Lunatic asylums Punjab 1881-1894 - 1881-1894
Year: 1881
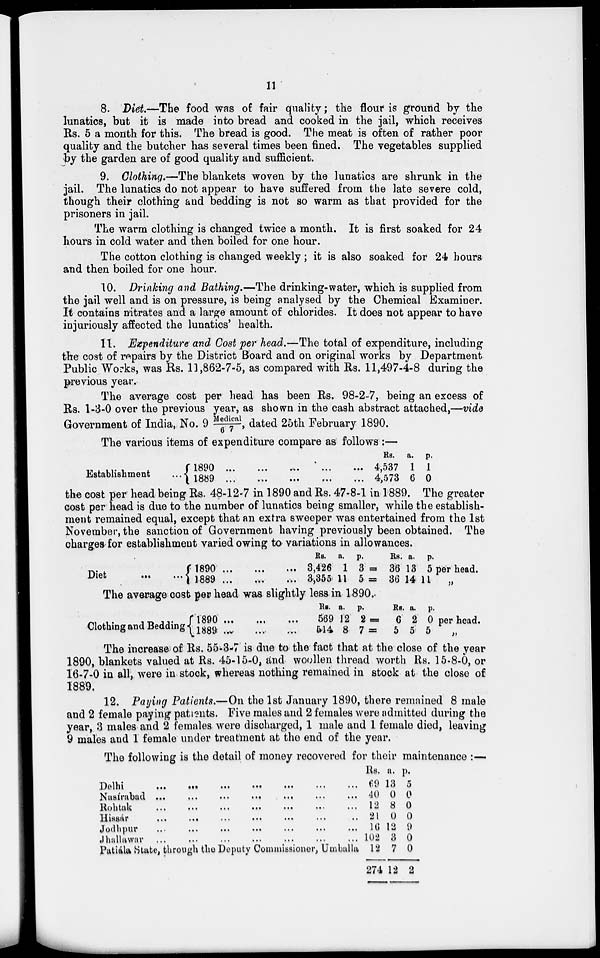
11
8. Diet.—The food was of fair quality; the flour is ground by the
lunatics, but it is made into bread and cooked in the jail, which receives
Rs. 5 a month for this. The bread is good. The meat is often of rather poor
quality and the butcher has several times been fined. The vegetables supplied
by the garden are of good quality and sufficient.
9. Clothing.—The blankets woven by the lunatics are shrunk in the
jail. The lunatics do not appear to have suffered from the late severe cold,
though their clothing and bedding is not so warm as that provided for the
prisoners in jail.
The warm clothing is changed twice a month. It is first soaked for 24
hours in cold water and then boiled for one hour.
The cotton clothing is changed weekly; it is also soaked for 24 hours
and then boiled for one hour.
10. Drinking and Bathing.—The drinking-water, which is supplied from
the jail well and is on pressure, is being analysed by the Chemical Examiner.
It contains nitrates and a large amount of chlorides. It does not appear to have
injuriously affected the lunatics' health.
11. Expenditure and Cost per head.—The total of expenditure, including
the cost of repairs by the District Board and on original works by Department
Public Works, was Rs. 11,862-7-5, as compared with Rs. 11,497-4-8 during the
previous year.
The average cost per head has been Rs. 98-2-7, being an excess of
Rs. 1-3-0 over the previous year, as shown in the cash abstract attached,—vide
Government of India, No. 9 Medical/67 , dated 25th February 1890.
The various items of expenditure compare as follows :—
Establishment
...
1890
...
...
... ... ...
1889
...
...
...
...
...
Rs.
4,537
4,573
a.
1
6
p.
1
0
the cost per head being Rs. 48-12-7 in 1890 and Rs. 47-8-1 in 1889. The greater
cost per head is due to the number of lunatics being smaller, while the establish-
ment remained equal, except that an extra sweeper was entertained from the 1st
November, the sanction of Government having previously been obtained. The
charges for establishment varied owing to variations in allowances.
Diet
...
1890 ... ... ...
1889
...
...
...
Rs.
3,426
3,355
a.
1
11
p.
3 =
5 =
Rs.
36
36
a.
13
14
p.
5 per head.
11
„
The average cost per head was slightly less in 1890.
Clothing and Bedding
1890
...
...
...
1889
...
...
...
Rs.
569
514
a.
12
8
p.
2 =
7 =
Rs.
6
5
a.
2
5
p.
0
5
per head.
„
The increase of Rs. 55-3-7 is due to the fact that at the close of the year
1890, blankets valued at Rs. 45-15-0, and woollen thread worth Rs. 15-8-0, or
16-7-0 in all, were in stock, whereas nothing remained in stock at the close of
1889.
12. Paying Patients.—On the 1st January 1890, there remained 8 male
and 2 female paying patients. Five males and 2 females were admitted during the
year, 3 males and 2 females were discharged, 1 male and 1 female died, leaving
9 males and 1 female under treatment at the end of the year.
The following is the detail of money recovered for their maintenance :-—
Delhi
...
...
...
...
...
...
...
Nasírabad ... ... ... ... ... ... ...
Rohtak
...
...
...
...
...
...
...
Hissár
...
...
...
...
...
...
...
Jodhpur ... ... ... ... ... ... ...
Jhallawar ... ... ... ... ... ... ...
Patiála State, through the Deputy Commissioner, Umballa
Rs.
69
40
12
21
16
102
12
274
a.
13
0
8
0
12
3
7
12
p.
5
0
0
0
9
0
0
2